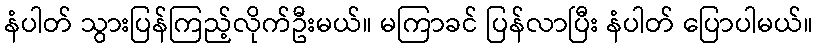
နံပါတ် သွားပြန်ကြည့်လိုက်ဦးမယ်။ မကြာခင် ပြန်လာပြီး နံပါတ် ပြောပါမယ်။